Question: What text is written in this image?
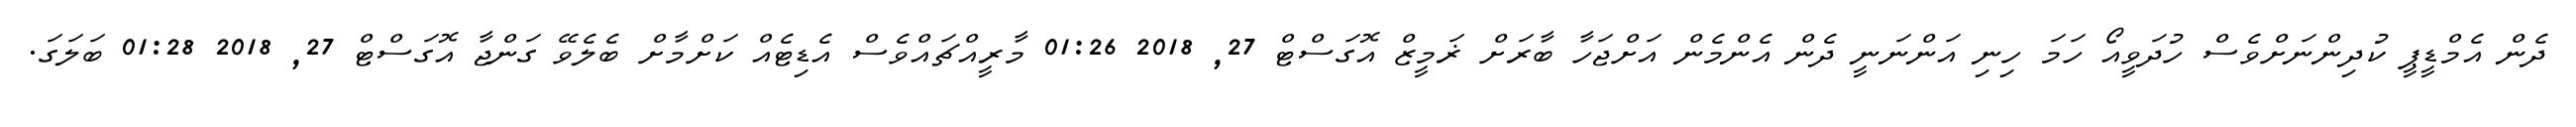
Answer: ދެން އެމްޑީޕީ ކުދިންނަށްވެސް ހުދަވީއޯ ހަމަ ހިނި އަންނަނީ ދެން އެންމެން އަށްޖަހާ ބާރަށް ޜަމީޒް އޮގަސްޓް 27, 2018 01:26 މާރީއްޗައްވެސް އެޑިޓެއް ކަށްމާށް ބެލެވޭ ގަންޖާ އޮގަސްޓް 27, 2018 01:28 ބަލަގަ.